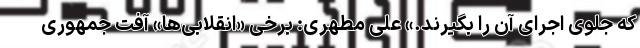
که جلوی اجرای آن را بگیرند.» علی مطهری: برخی «انقلابی‌ها» آفت جمهوری